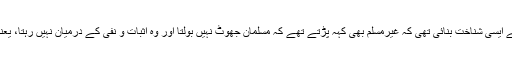
ماضی میں مسلمانوں نے اپنے اعلیٰ ترین کردارو عمل سے ایسی شناخت بنائی تھی کہ غیرمسلم بھی کہہ پڑتے تھے کہ مسلمان جھوٹ نہیں بولتا اور وہ اثبات و نفی کے درمیان نہیں رہتا، یعنی ’ ہاں ‘ اور ’ نہیں ‘ کے بیچ کی کوئی چیز وہ نہیں جانتا۔